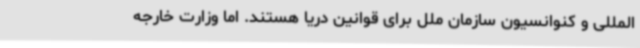
‌المللی و کنوانسیون سازمان ملل برای قوانین دریا هستند. اما وزارت خارجه